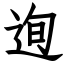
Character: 迿